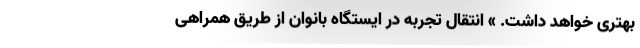
بهتری خواهد داشت. » انتقال تجربه در ایستگاه بانوان از طریق همراهی